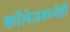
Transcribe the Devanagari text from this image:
काॅलेजमध्येही